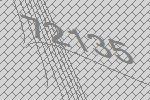
72135